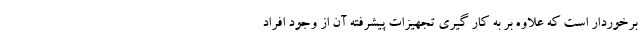
برخوردار است که علاوه بر به کار گیری تجهیزات پیشرفته آن از وجود افراد